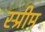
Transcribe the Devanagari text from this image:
स्प्रीम